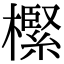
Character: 𣝌